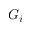
G _ { i }